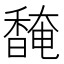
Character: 馣